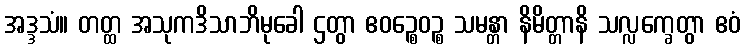
အဒ္ဒသံ။ တတ္ထ အသုကဒိသာဘိမုခေါ ဌတွာ ဧဝဉ္စေဝဉ္စ သမန္တာ နိမိတ္တာနိ သလ္လက္ခေတွာ ဧဝံ